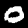
Digit: 0